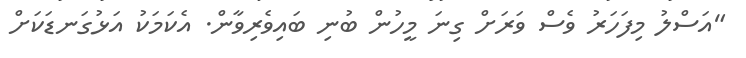
"އަސްލު މިފަހަރު ވެސް ވަރަށް ގިނަ މީހުން ބުނި ބައިވެރިވާން. އެކަމަކު އަޅުގަނޑަކަށް